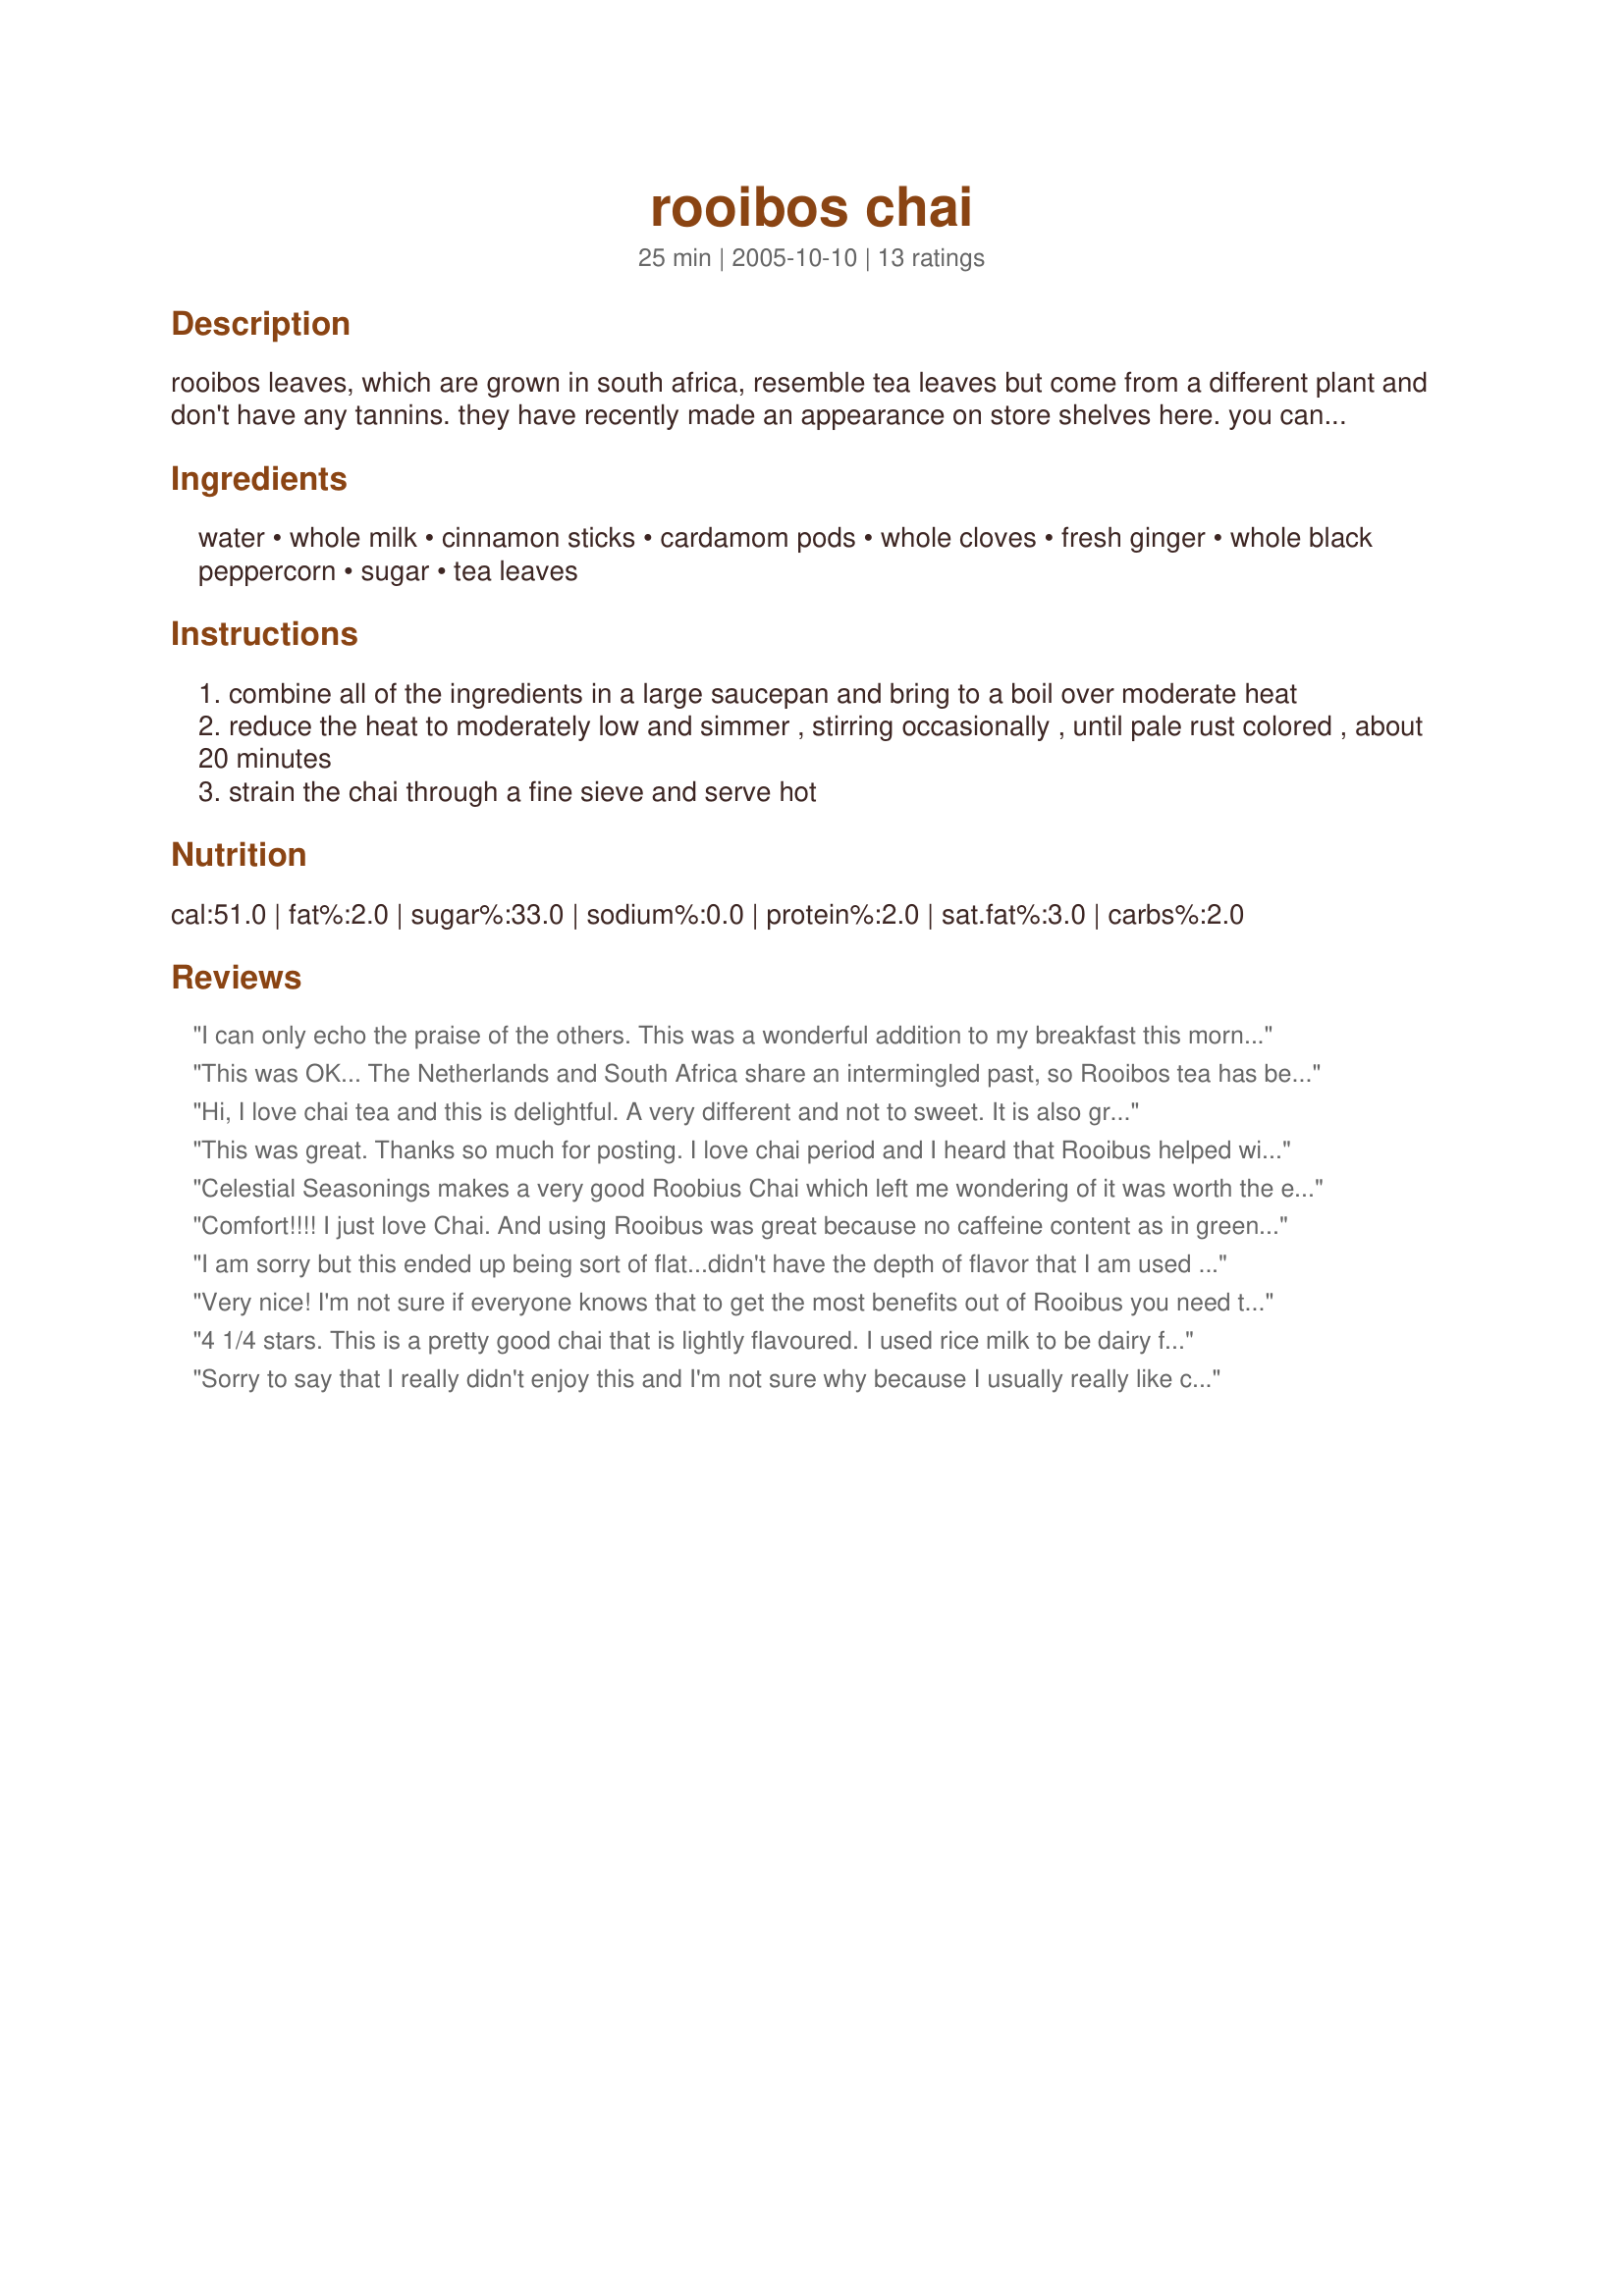
rooibos chai
Preparation time: 25 minutes

rooibos leaves, which are grown in south africa, resemble tea leaves but come from a different plant and don't have any tannins. they have recently made an appearance on store shelves here. you can substitute black tea in this recipe; add it during the last 5 minutes of simmering.

Ingredients:
water, whole milk, cinnamon sticks, cardamom pods, whole cloves, fresh ginger, whole black peppercorn, sugar, tea leaves

Steps:
combine all of the ingredients in a large saucepan and bring to a boil over moderate heat
reduce the heat to moderately low and simmer , stirring occasionally , until pale rust colored , about 20 minutes
strain the chai through a fine sieve and serve hot

Reviews:
I can only echo the praise of the others. This was a wonderful addition to my breakfast this morning. I simply love the spices and I also used non fat milk. I used a 3" cinnamon stick for a one serving amount and kept it in my cup while enjoying the chai.
This was OK... The Netherlands and South Africa share an intermingled past, so Rooibos tea has been available here for years and years. It has a *massive* amount of vitamin C and NO tannin ! I drink Rooibos "pure" every day, no milk, no sugar etc and I also always steep mine for a long time. I wanted to try this variation to see how it compared to my "usual". The smell was lovely.. the cinnamon stitcks and ginger especially fragerant as this simmered. I must be honest however and say that I found that the taste didn't match up nearly well enough to the smell. Looking at the other reviews it must be entirely personal, and maybe I am so used to the taste of my pure Rooibos that this just doesn't taste right to me? Please see my rating system: 2 stars for a recipe that I was very pleased to try but which didn't suit my taste in the end. Other reviewers obviously enjoy it very much so PLEASE don't let my review put anyone off in any way. Give it a go for yourself. Rooibos is extremely natural and healthy so if this recipe does it for you, then go for it! Thanks for the chance to at least try something different with my favourite hot drink :)
Hi,
 I love chai tea and this is delightful. A very different and not to sweet. It is also great cold!! Thanks for posting. Be well.Nan
This was great. Thanks so much for posting. I love chai period and I heard that Rooibus helped with morning sickness so I latched onto this one pretty quickly. It certainly helped settle my stomach and calmed me down. Although I must admit I dropped the cinnamon. I don't care for it and it always upsets my stomach. Zaar World Tour 05
Celestial Seasonings makes a very good Roobius Chai which left me wondering of it was worth the effort to make my own. Fortunately, it was. This was spicy and delicious. I made mine with non-fat milk and sprinkled in a little non-fat milk powder to make it a little bit thicker. Delicious.
Comfort!!!! I just love Chai. And using Rooibus was great because no caffeine content as in green tea! Research has confirmed Rooibos are high in antioxidants and flavonoids which have been repeatedly shown to prevent heart disease and stroke, reduce the risk of cancer, and slow the aging process. This tea helps protect from heart attacks, cancer, high cholesterol, high blood pressure, headaches and morning sickness.
I am sorry but this ended up being sort of flat...didn't have the depth of flavor that I am used to in a chai tea. Anything that I may have done wrong? I think I followed the recipe to a tee. Will have to think on it and maybe try another day. Thank you for posting. Made for ZWT4.
Very nice! I'm not sure if everyone knows that to get the most benefits out of Rooibus you need to boil it for a long while. So this recipe is perfect for it. I LOVED the spices! I used 4 organic Rooibus tea bags and half and half. I also added Splenda when it was done because I like it sweet! Thanks for the recipe!
4 1/4 stars. This is a pretty good chai that is lightly flavoured. I used rice milk to be dairy free and simmered everything in a bit less water for about 17 minutes, as simmering rice milk from previous experience makes it separate. I used dark brown sugar crystals for the sugar and do recommend brown. I had to use 2 Rooibos tea bags as I didn't have loose leaves. I think this needs more spice but I liked the amount of sugar which wasn't too sweet, just perfect. Made for Comfort Cafe - Snow Queens, Round 01/10.
Sorry to say that I really didn't enjoy this and I'm not sure why because I usually really like chai. Maybe I let it steep for too long (the full 20 minutes) as it tasted almost muddy and it really wasn't sweet at all; I'm used to chai being almost too sweet. I tried it both iced and hot and was surprised to find that I actually liked it better iced. It was worth a try though. Thanks anyway.
Mmmm...warm, comforting & not too sweet. I didn't have whole milk so I used 1/2 & 1/2 & it worked just fine.
This was pretty good. I don't think I'll make it again, but I think that's just more of my personal preference. I love Chai tea, but this just wasn't what I expected. Made for ZWT 4.
This was my first Chai--I'm sipping my second as I type this. I blame Chef Zee and Ncmysteryshopper for my acquisition of another food addiction. This is so good on so many levels. It smells like heaven; it tastes wonderful; it's good for you. And certainly the spices and so forth can be changed to suit one's taste. Wonderful! Thanks, Cheryl!
